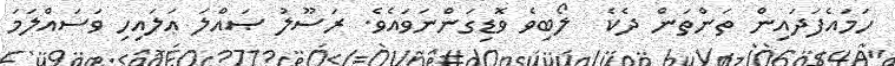
ހަމައެފަދައިން ތަންތަން ދެކެ  ލޯބިވެ ވޮޑިގަންނަވައެވެ. ރަސޫލު ޞައްލަ ޢަލައިހި ވަސައްލަމަ